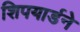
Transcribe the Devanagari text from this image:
शिपयार्डने